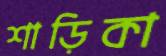
শাড়িকা